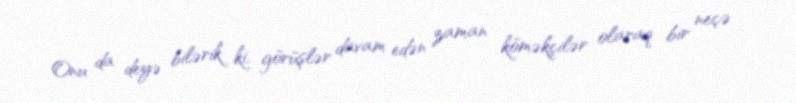
Onu da deyə bilərik ki, görüşlər davam edən zaman köməkçilər olaraq bir neçə